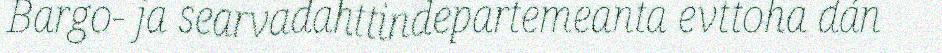
Bargo- ja searvadahttindepartemeanta evttoha dán